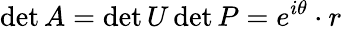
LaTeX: \operatorname*{det}A=\operatorname*{det}U\operatorname*{det}P=e^{i\theta}\cdot r